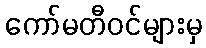
ကော်မတီဝင်များမှ